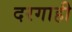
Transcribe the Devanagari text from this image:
दरगाही